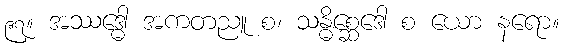
၉၇။ အဿဒ္ဓေါ အကတညူ စ၊ သန္ဓိစ္ဆေဒေါ စ ယော နရော။